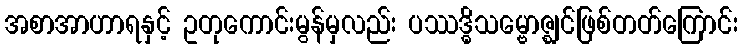
အစာအာဟာရနှင့် ဥတုကောင်းမွန်မှလည်း ပဿဒ္ဓိသမ္ဗောဇ္ဈင်ဖြစ်တတ်ကြောင်း